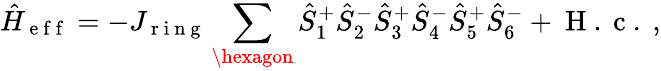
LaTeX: \hat{H}_{\mathrm{~e~f~f~}}=-J_{\mathrm{~r~i~n~g~}}\sum_{\hexagon}\hat{S}_{1}^{+}\hat{S}_{2}^{-}\hat{S}_{3}^{+}\hat{S}_{4}^{-}\hat{S}_{5}^{+}\hat{S}_{6}^{-}+\mathrm{~H~.~c~.~},